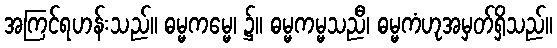
အကြင်ရဟန်းသည်။ ဓမ္မကမ္မေ၊ ၌။ ဓမ္မကမ္မသညီ၊ ဓမ္မကံဟုအမှတ်ရှိသည်။